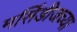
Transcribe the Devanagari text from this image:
मर्सिडीजच्या